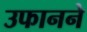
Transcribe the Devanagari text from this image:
उफानने